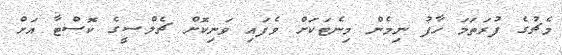
މެޗުގެ ފުރަތަމަ ހާފު ނިމެން މިނެޓަކަށް ވެފައި ވަނިކޮށް ޗެލްސީގެ ކޮސްޓާ އަށް